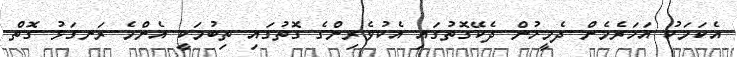
އެކަމަކު އަހަރެމެން ދެމީހުން ދެކޭގޮތުގައި އެކުވެރިންގެ ގޮތުގައި ތިބުމަކީ އެންމެ ރަނގަޅު ގޮތް